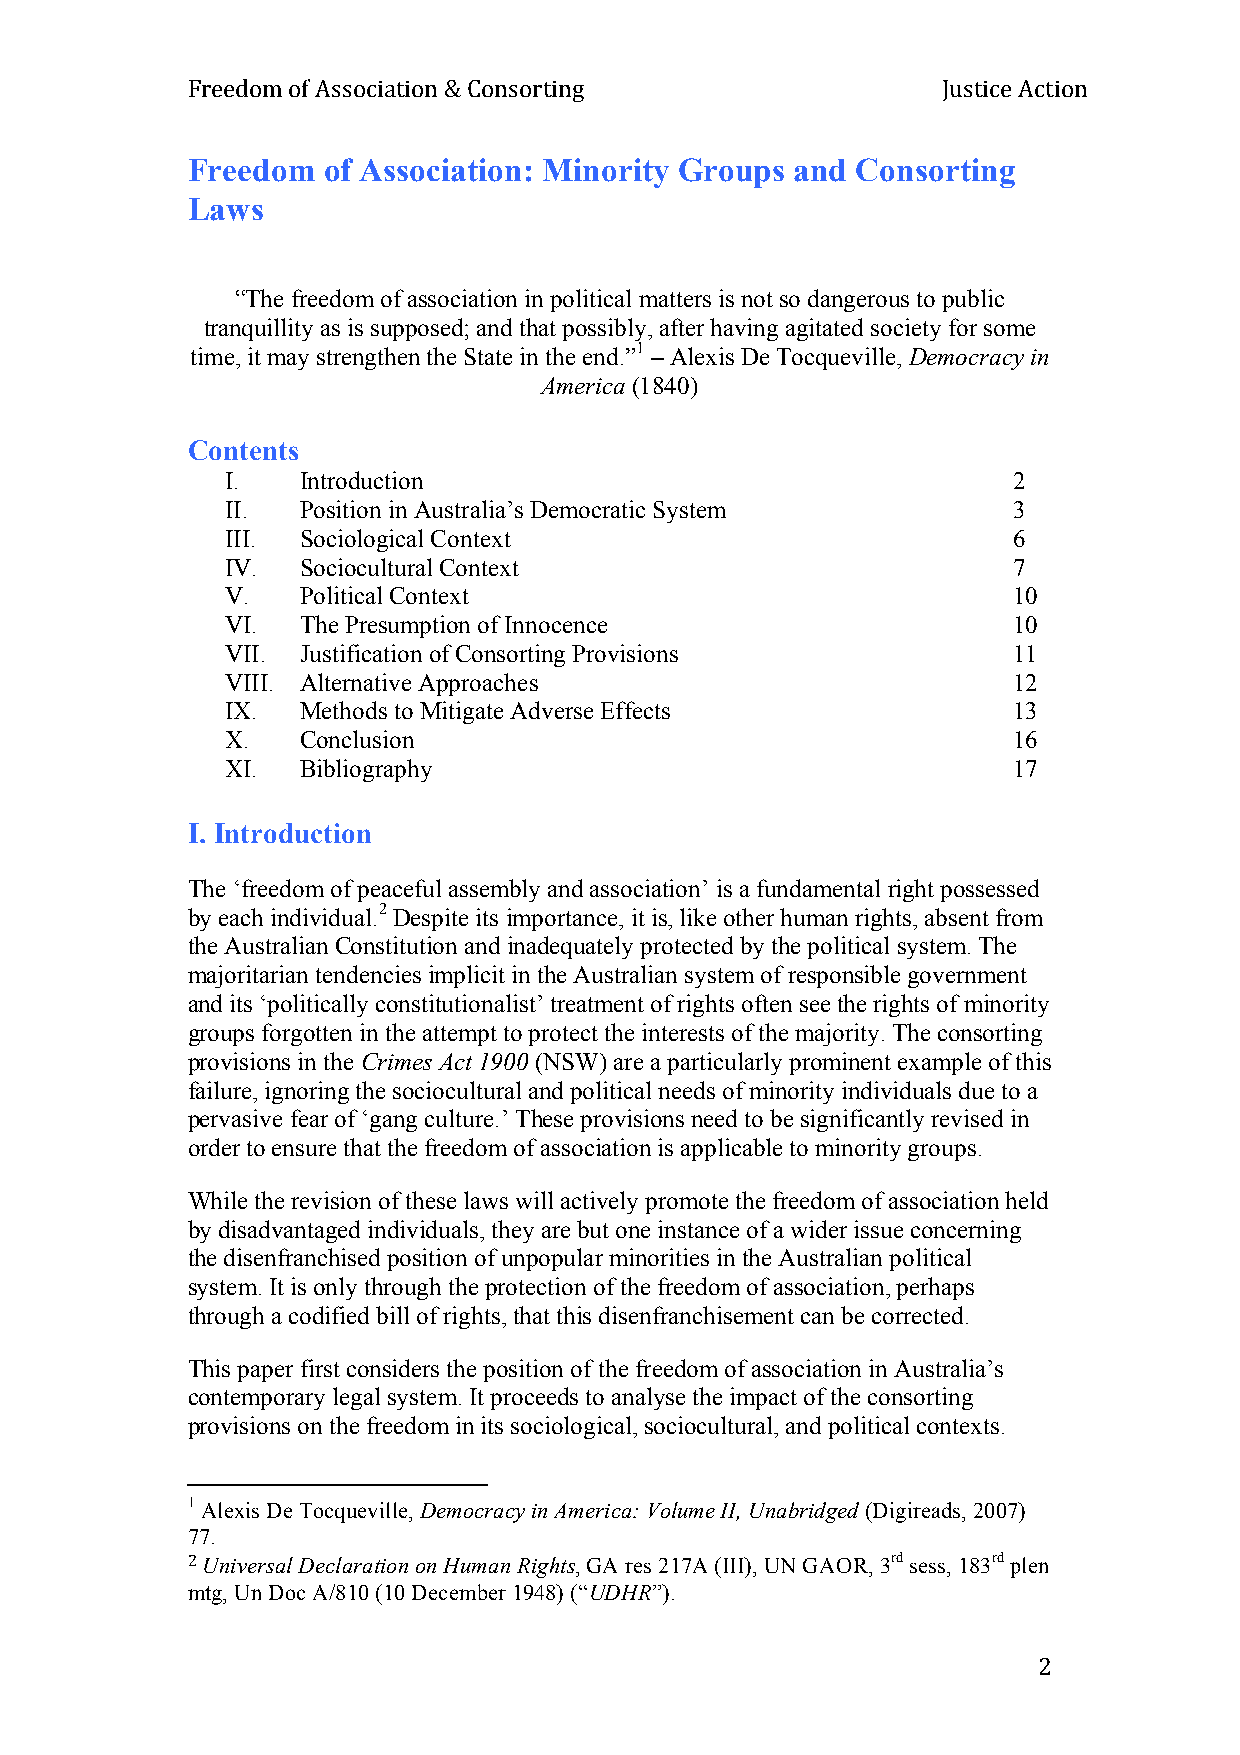
Freedom of Association & Consorting               Justice Action
 Freedom  of Association: Minority Groups and Consorting
 Laws
 “The freedom of association in political matters is not so dangerous to public
 tranquillity as is supposed; and that possibly, after having agitated society for some
 time, it may strengthen the State in the end.”1 – Alexis De Tocqueville, Democracy in
 America (1840)
 Contents
 I.   Introduction                                   2
 II.  Position in Australia’s Democratic System      3
 III. Sociological Context                           6
 IV.  Sociocultural Context                          7
 V.   Political Context                              10
 VI.  The Presumption of Innocence                   10
 VII. Justification of Consorting Provisions         11
 VIII. Alternative Approaches                        12
 IX.  Methods to Mitigate Adverse Effects            13
 X.   Conclusion                                     16
 XI.  Bibliography                                   17
 I. Introduction
 The ‘freedom of peaceful assembly and association’ is a fundamental right possessed
 by each individual.2 Despite its importance, it is, like other human rights, absent from
 the Australian Constitution and inadequately protected by the political system. The
 majoritarian tendencies implicit in the Australian system of responsible government
 and its ‘politically constitutionalist’ treatment of rights often see the rights of minority
 groups forgotten in the attempt to protect the interests of the majority. The consorting
 provisions in the Crimes Act 1900 (NSW) are a particularly prominent example of this
 failure, ignoring the sociocultural and political needs of minority individuals due to a
 pervasive fear of ‘gang culture.’ These provisions need to be significantly revised in
 order to ensure that the freedom of association is applicable to minority groups.
 While the revision of these laws will actively promote the freedom of association held
 by disadvantaged individuals, they are but one instance of a wider issue concerning
 the disenfranchised position of unpopular minorities in the Australian political
 system. It is only through the protection of the freedom of association, perhaps
 through a codified bill of rights, that this disenfranchisement can be corrected.
 This paper first considers the position of the freedom of association in Australia’s
 contemporary legal system. It proceeds to analyse the impact of the consorting
 provisions on the freedom in its sociological, sociocultural, and political contexts.
 1 Alexis De Tocqueville, Democracy in America: Volume II, Unabridged (Digireads, 2007)
 77.
 2 Universal Declaration on Human Rights, GA res 217A (III), UN GAOR, 3rd sess, 183rd plen
 mtg, Un Doc A/810 (10 December 1948) (“UDHR”).
 2